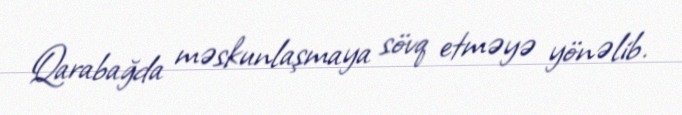
Qarabağda məskunlaşmaya sövq etməyə yönəlib.